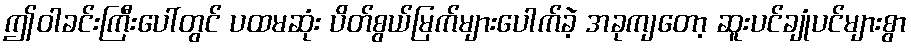
ဤဝါခင်းကြီးပေါ်တွင် ပထမဆုံး ပိတ်စွယ်မြက်များပေါက်ခဲ့ အခုကျတော့ ဆူးပင်ချုံပင်များစွာ